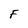
Character: F